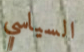
السياسي